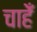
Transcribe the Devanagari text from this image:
चाहेँ